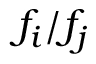
f _ { i } / f _ { j }